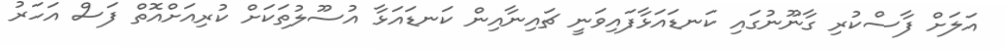
އަލަށް ފާސްކުރި ގާނޫނުގައި ކަނޑައަޅާފައިވަނީ ޗައިނާއިން ކަނޑައަޅާ އުސޫލުތަކަށް ކުރިއަށްއޮތް ފަސް އަހަރު